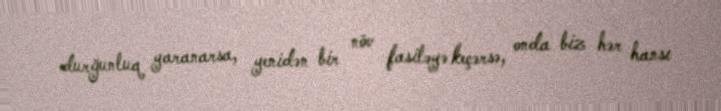
durğunluq yaranarsa, yenidən bir növ fasiləyə keçərsə, onda biz hər hansı